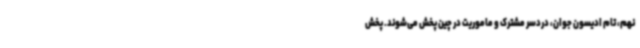
نهم، تام ادیسون جوان، دردسر مشترک و ماموریت در چین پخش می‌شوند. پخش